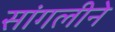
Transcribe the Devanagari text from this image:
सांगलीने